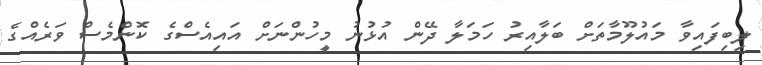
ލިބިފައިވާ މައުލޫމާތަށް ބަލާއިރު ހަމަލާ ދޭން އުޅުނު މީހުންނަށް އައިއެސްގެ ކޮންމެސް ވަރެއްގެ